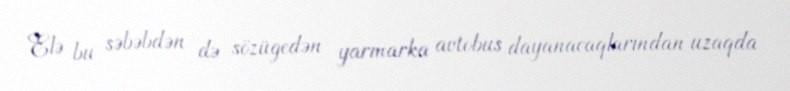
Elə bu səbəbdən də sözügedən yarmarka avtobus dayanacaqlarından uzaqda